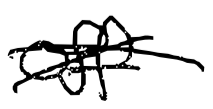
Text: off
Cross-out: cross
Writing tool: digital_black